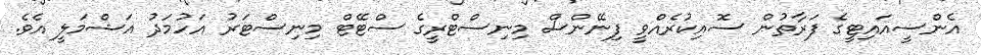
އެންސީއައިޓީގެ ފަރާތުން ސޮއިކުރެއްވީ ފިނޭންސް މިނިސްޓްރީގެ ސްޓޭޓް މިނިސްޓަރު އަހުމަދު އަޝްމަލީ އެވެ.